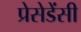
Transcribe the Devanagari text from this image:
प्रेसेडेंसी